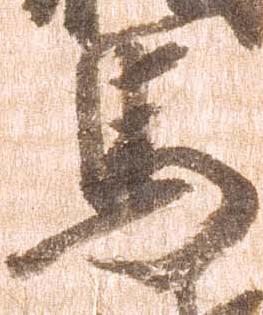
馬